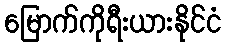
မြောက်ကိုရီးယားနိုင်ငံ